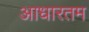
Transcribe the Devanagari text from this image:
आधारतम